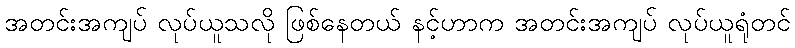
အတင်းအကျပ် လုပ်ယူသလို ဖြစ်နေတယ် နင့်ဟာက အတင်းအကျပ် လုပ်ယူရုံတင်